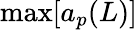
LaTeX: \operatorname*{max}[a_{p}(L)]